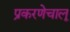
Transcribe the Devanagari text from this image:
प्रकरणेचालू